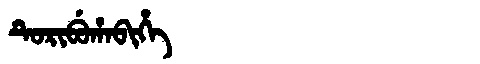
Manchu: ᡨᡠᡵᡳᠪᡠᡥᠠᠪᡳᡥᡝ
Romanization: TURIBUHABIHE